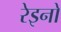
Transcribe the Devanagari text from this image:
रेइनो